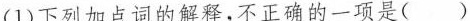
(1)下列加点词的解释，不正确的一项是()